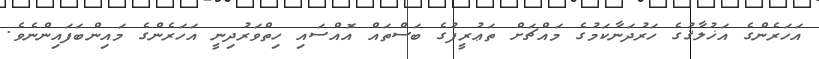
އަހަރެންގެ އަޚުލާޤުގެ ހަރުދަނާކަމުގެ މައްޗަށް ތަޢުރީފުގެ ބަސްތައް އޮއްސައި ހިތްވަރުދިނީ އަހަރެންގެ މައިންބަފައިންނެވެ.